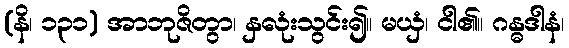
(နိ၊ ၁၃၁) အာဘုဇိတွာ၊ နှလုံးသွင်း၍။ မယှံ၊ ငါ၏။ ဂန္ဓဒါနံ၊